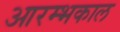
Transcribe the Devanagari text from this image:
आरम्भकाल